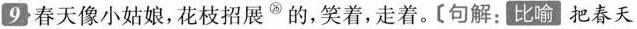
9春天像小姑娘;花枝招展^{㉖}的，笑着,走着。[句解: 比喻把春天